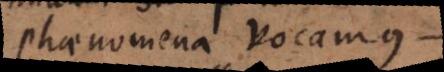
phaenomena vocamus